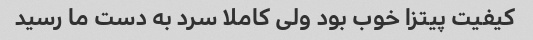
کیفیت پیتزا خوب بود ولی کاملا سرد به دست ما رسید